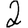
Digit: 2